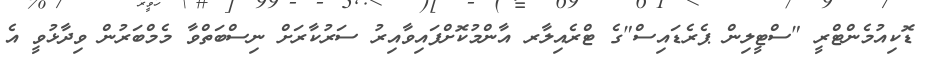
ޑޮކިއުމެންޓްރީ "ސްޓީލިން ޕެރެޑައިސް"ގެ ޓްރެއިލާރ އާންމުކޮށްފައިވާއިރު ސަރުކާރަށް ނިސްބަތްވާ މެމްބަރުން ވިދާޅުވީ އެ